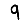
Digit: 9